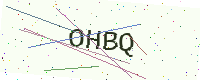
Text: OHBQ